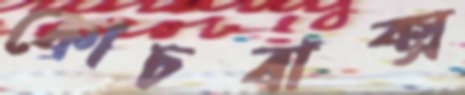
কোচবাক্স